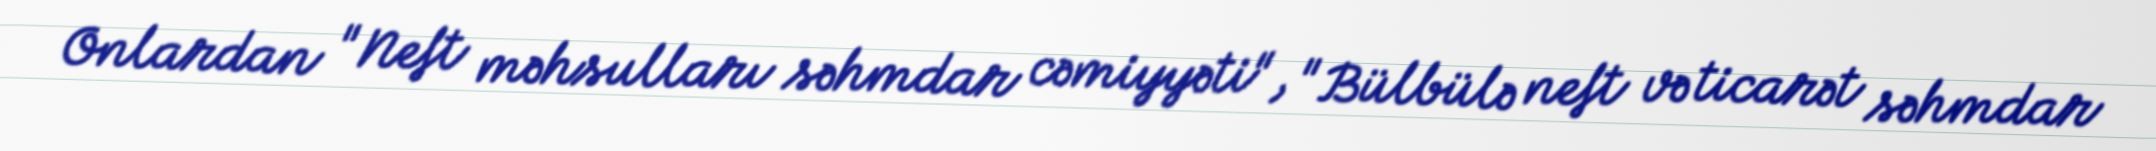
Onlardan "Neft məhsulları səhmdar cəmiyyəti", "Bülbülə neft və ticarət səhmdar